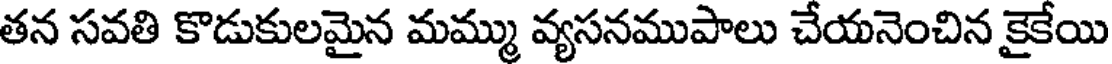
తన సవతి కొడుకులమైన మమ్ము వ్యసనముపాలు చేయనెంచిన కైకేయి